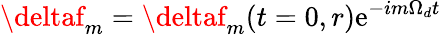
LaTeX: \deltaf_{m}=\deltaf_{m}(t=0,r)\mathrm{e}^{-im\Omega_{d}t}